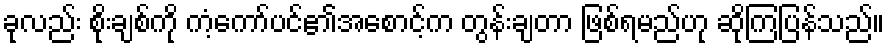
ခုလည်း စိုးချစ်ကို ကံ့ကော်ပင်၏အစောင့်က တွန်းချတာ ဖြစ်ရမည်ဟု ဆိုကြပြန်သည်။